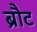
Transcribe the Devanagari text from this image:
ब्रौट